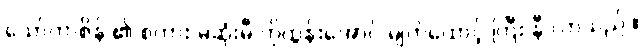
သော်တာစိန် ၏ စကား မဆုံးမီ ကိုထွန်းအောင် မျက်ထောင့် ကြီး နီ လာသည် ။